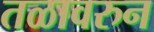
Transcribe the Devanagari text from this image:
तळावरुन